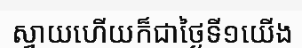
ស្វាយហើយក៏ជាថ្ងៃទី១យើង